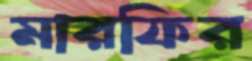
মারফির